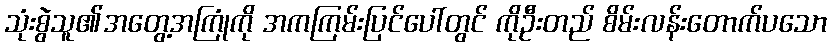
သုံးစွဲသူ၏အတွေ့အကြုံကို အကကြမ်းပြင်ပေါ်တွင် ကိုဦးတည် စိမ်းလန်းတောက်ပသော